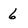
Character: 6